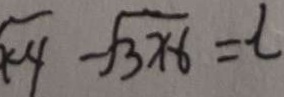
\sqrt { x - 4 } - \sqrt { 3 x - 6 } = 2